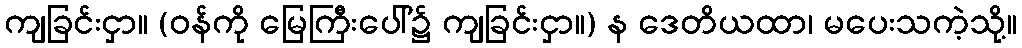
ကျခြင်းငှာ။ (ဝန်ကို မြေကြီးပေါ်၌ ကျခြင်းငှာ။) န ဒေတိယထာ၊ မပေးသကဲ့သို့။